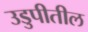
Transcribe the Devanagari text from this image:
उडुपीतील